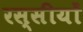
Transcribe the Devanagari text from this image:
रस्सीयों